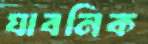
যাবনিক